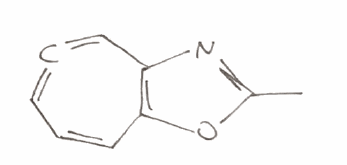
Simplified molecular-input line-entry system (SMILES) notation of the given molecule:
CC1=NC2=C(O1)C=CC=C=C2